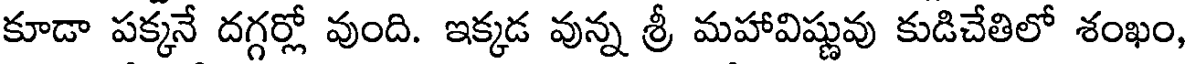
కూడా పక్కనే దగ్గర్లో వుంది. ఇక్కడ వున్న శ్రీ మహావిష్ణువు కుడిచేతిలో శంఖం,